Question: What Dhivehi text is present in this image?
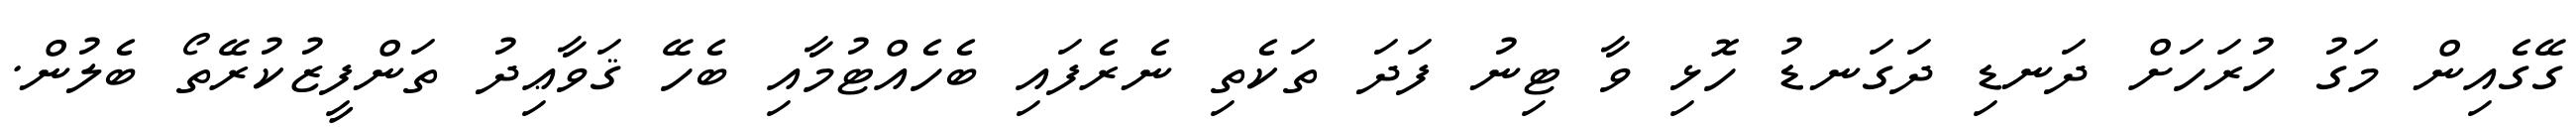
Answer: ގޭގެއިން މަގު ހުރަހަށް ދަނޑި ދަގަނޑު ހޮޅި ވާ ޓިނު ފަދަ ތަކެތި ނެރެފައި ބެހެއްޓުމާއި ބެހޭ ޤަވާޢިދު ތަންފީޒުކުރޭތޯ ބެލުން.